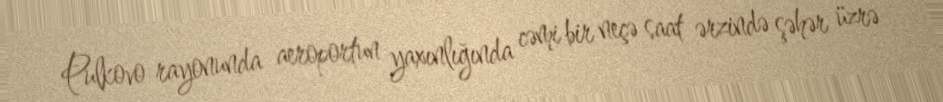
Pulkovo rayonunda aeroportun yaxınlığında cəmi bir neçə saat ərzində şəhər üzrə